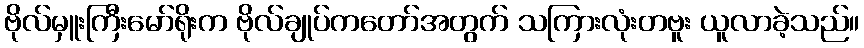
ဗိုလ်မှူးကြီးမော်ရိုးက ဗိုလ်ချုပ်ကတော်အတွက် သကြားလုံးတဗူး ယူလာခဲ့သည်။